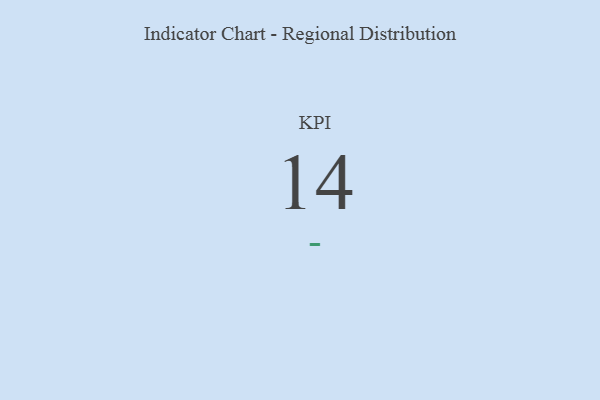
{"axis": {"x": "KPI", "y": "Value"}, "legend": [""], "data": [{"x": "KPI", "y": 14, "type": ""}]}